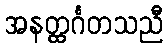
အနတ္ထင်္ဂတသညီ